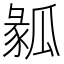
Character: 𤬌